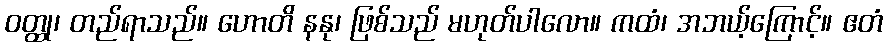
ဝတ္ထု၊ တည်ရာသည်။ ဟောတိ နနု၊ ဖြစ်သည် မဟုတ်ပါလော။ ကထံ၊ အဘယ့်ကြောင့်။ ဧတံ